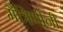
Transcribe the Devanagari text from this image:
मैत्रिणींनी